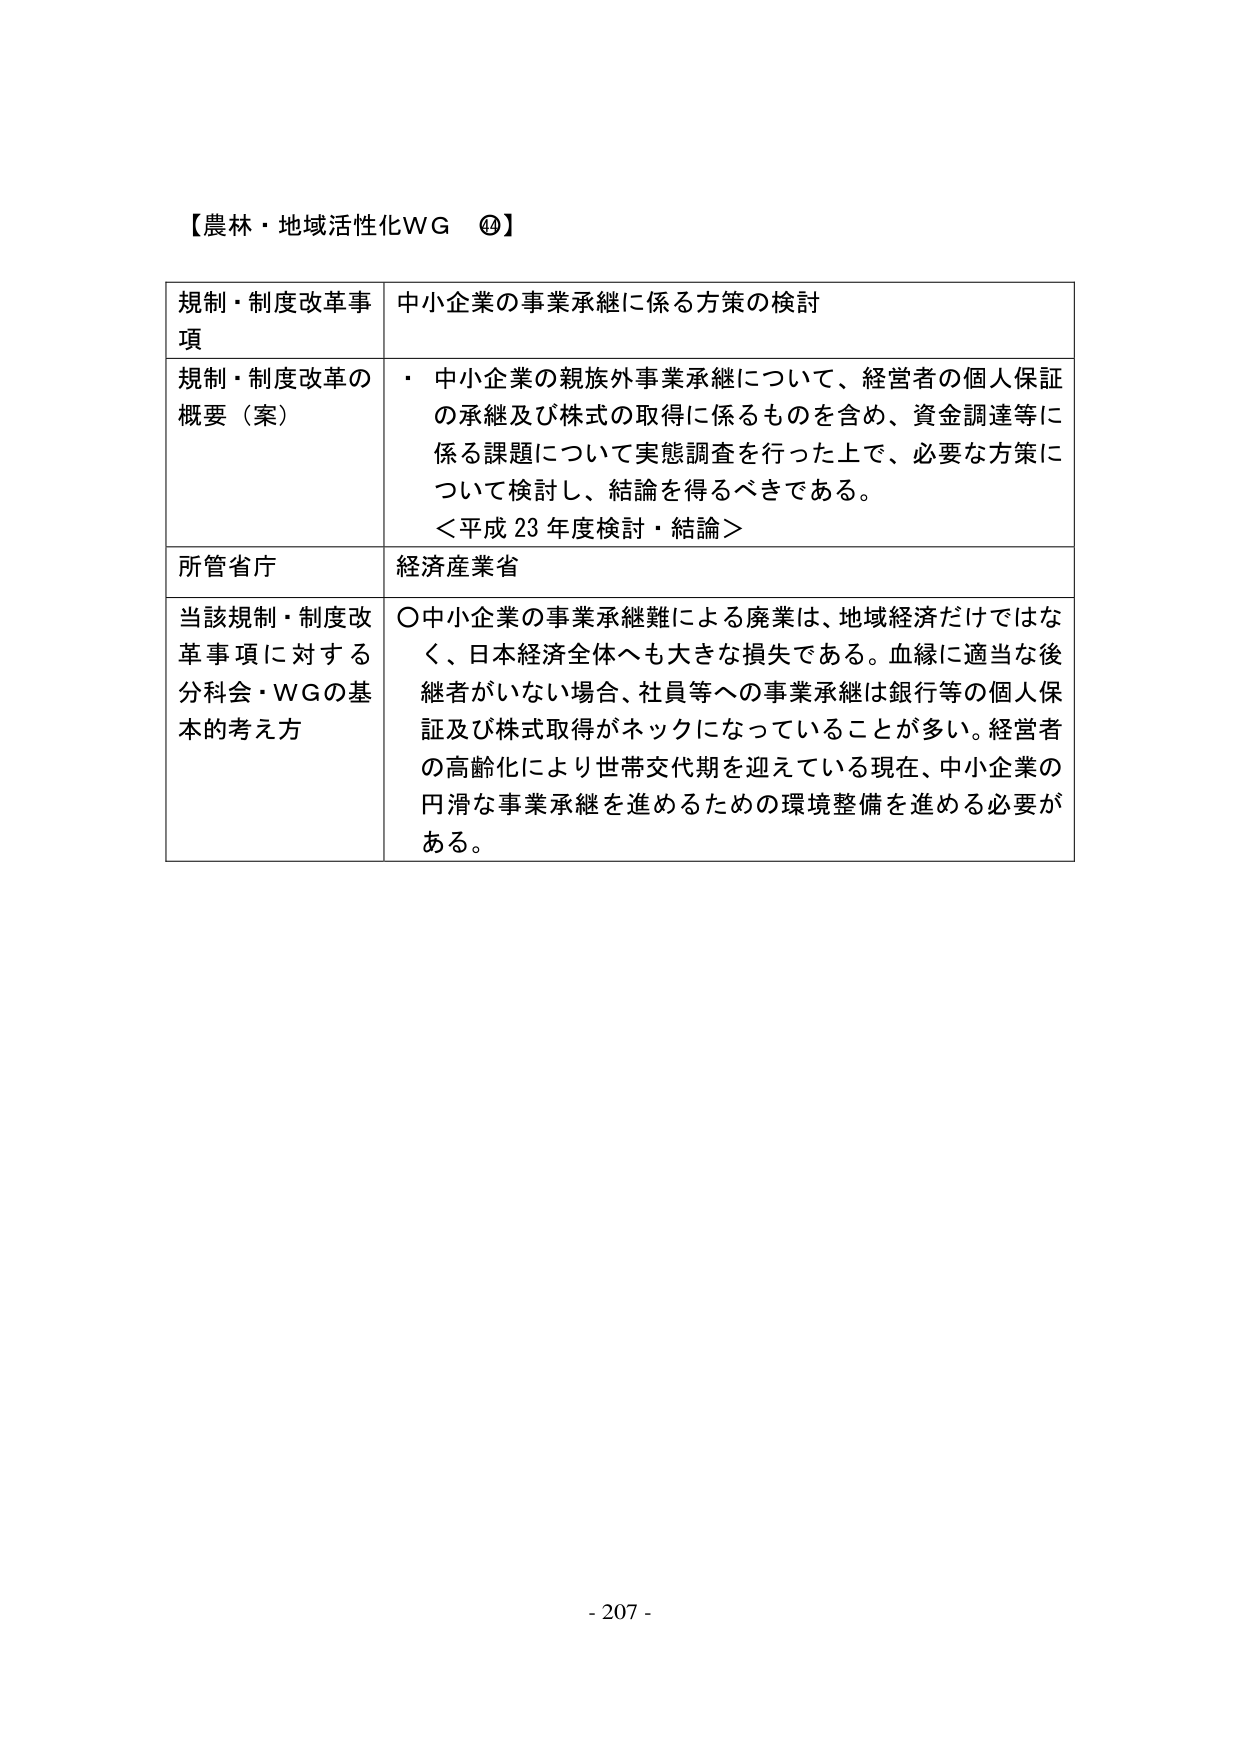
【農林・地域活性化WG ⑭】

規制・制度改革事項　中小企業の事業承継に係る方策の検討

規制・制度改革の概要（案）　・ 中小企業の親族外事業承継について、経営者の個人保証の承継及び株式の取得に係るもの含め、資金調達等に係る課題について実態調査を行った上で、必要な方策について検討し、結論を得るべきである。
＜平成23年度検討・結論＞

所管省庁　経済産業省

当該規制・制度改革事項に対する分科会・WGの基本的考え方　〇中小企業の事業承継難による廃業は、地域経済だけではなく、日本経済全体へも大きな損失である。血縁に適当な後継者がいない場合、社員等への事業承継は銀行等の個人保証及び株式取得がネックになっていることが多い。経営者の高齢化により世帯交代期を迎えている現在、中小企業の円滑な事業承継を進めるための環境整備を進める必要がある。

- 207 -